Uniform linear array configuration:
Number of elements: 4
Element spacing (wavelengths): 0.5
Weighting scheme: hann
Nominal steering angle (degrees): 45
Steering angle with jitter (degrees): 44.652
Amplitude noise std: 0.05
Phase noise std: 0.05

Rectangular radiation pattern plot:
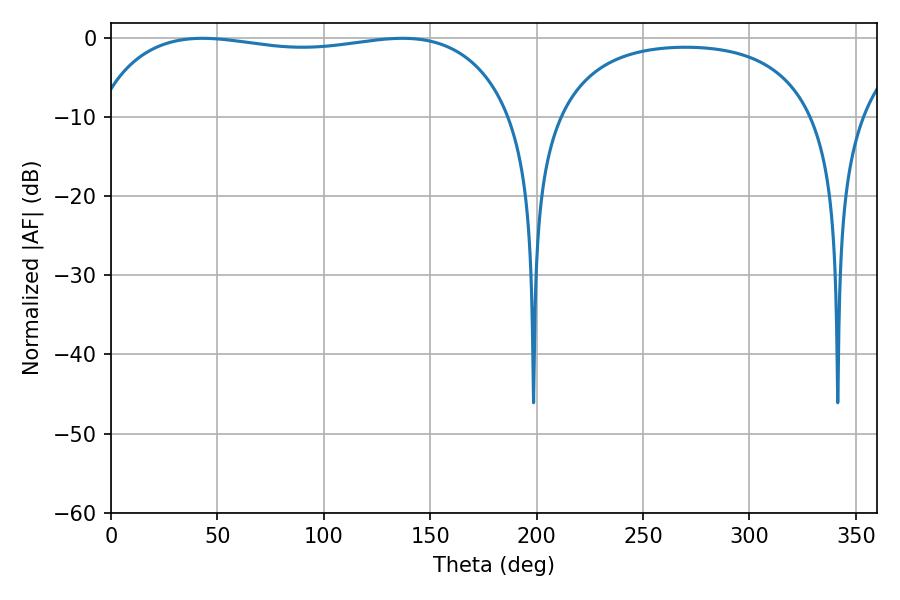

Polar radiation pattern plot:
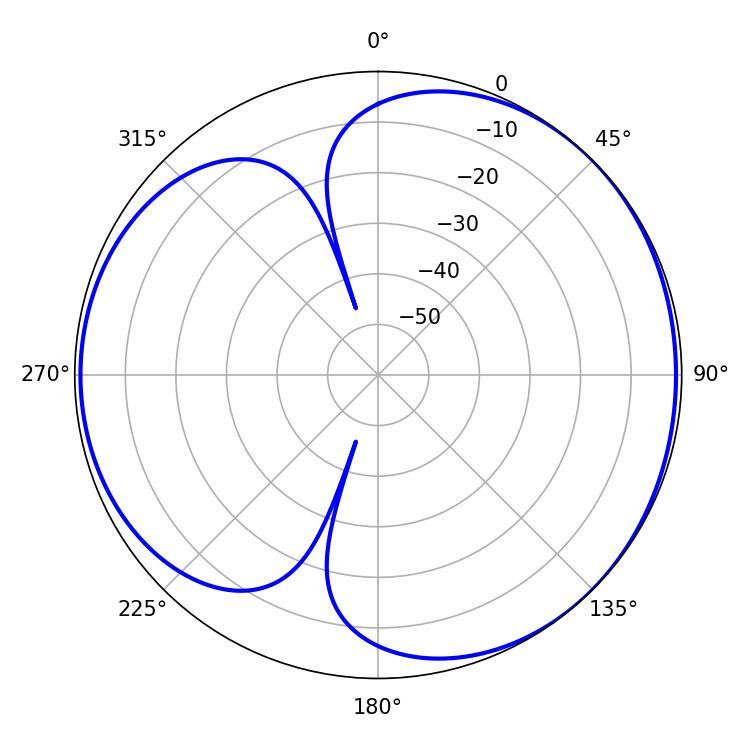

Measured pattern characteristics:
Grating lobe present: FALSE
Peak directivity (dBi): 4.251
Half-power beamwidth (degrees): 158.76
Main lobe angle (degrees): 43.02